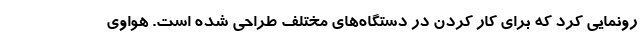
رونمایی کرد که برای کار کردن در دستگاه‌های مختلف طراحی شده است. هواوی